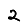
Digit: 2